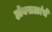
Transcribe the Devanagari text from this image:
होयसळांचे